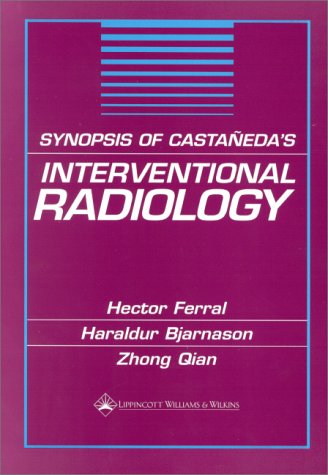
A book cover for Synopsis of Castaqeda's Interventional Radiology; Hector Ferral; Medical Books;